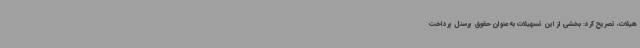
هیلات، تصریح کرد: بخشی از این تسهیلات به عنوان حقوق پرسنل پرداخت